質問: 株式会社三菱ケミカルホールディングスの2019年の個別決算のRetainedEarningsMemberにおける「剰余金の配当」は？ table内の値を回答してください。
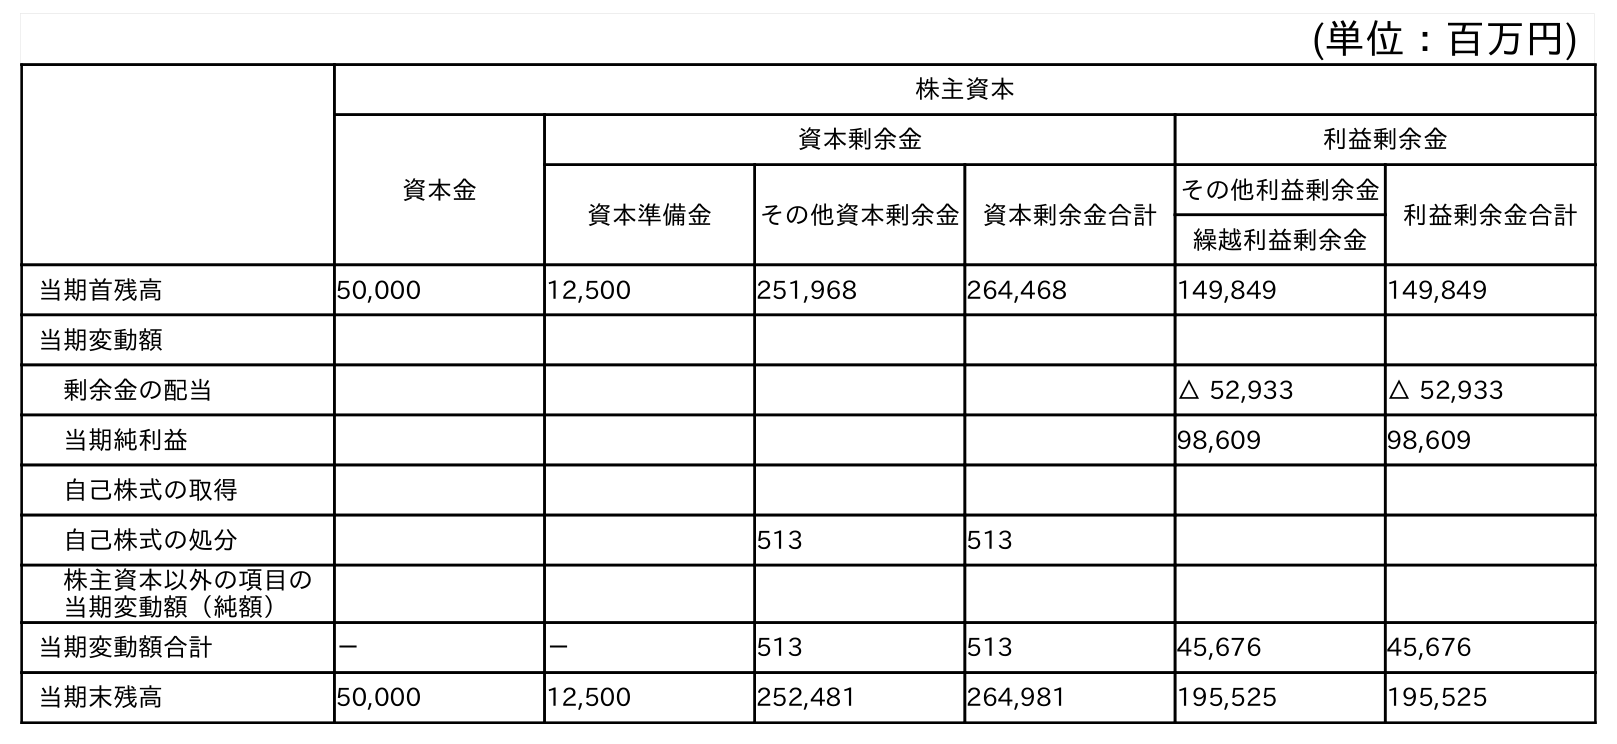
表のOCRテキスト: (単位：百万円) 株主資本 資本金 資本剰余金 利益剰余金 資本準備金 その他資本剰余金 資本剰余金合計 その他利益剰余金 利益剰余金合計 繰越利益剰余金 当期首残高 50,000 12,500 251,968 264,468 149,849 149,849 当期変動額 剰余金の配当 △ 52,933 △ 52,933 当期純利益 98,609 98,609 自己株式の取得 自己株式の処分 513 513 株主資本以外の項目の 当期変動額（純額） 当期変動額合計 － － 513 513 45,676 45,676 当期末残高 50,000 12,500 252,481 264,981 195,525 195,525
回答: △52,933